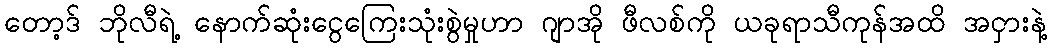
တော့ဒ် ဘိုလီရဲ့ နောက်ဆုံးငွေကြေးသုံးစွဲမှုဟာ ဂျာအို ဖီလစ်ကို ယခုရာသီကုန်အထိ အငှားနဲ့